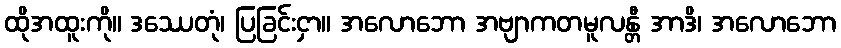
ထိုအထူးကို။ ဒဿေတုံ၊ ပြခြင်းငှာ။ အလောဘော အဗျာကတမူလန္တီ အာဒိ၊ အလောဘော